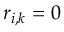
r _ { i , k } = 0